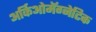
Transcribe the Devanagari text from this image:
अर्किओमॅग्नेटिक